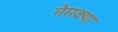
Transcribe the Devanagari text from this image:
नेमक्‍या